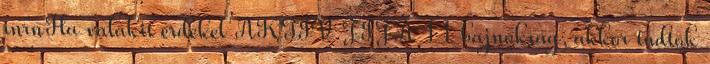
rnrnHa valakit érdekel AKTÍV FIFA 11 bajnokság, akkor tudtok